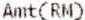
AMT(RM)